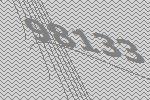
98133